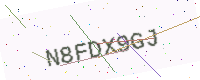
Text: N8FDX9GJ